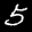
Label: 5